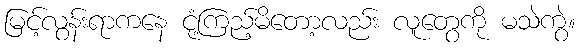
မြင့်လွန်းရာကနေ ငုံ့ကြည့်မိတော့လည်း လူတွေကို မသဲကွဲ။